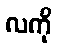
လကို